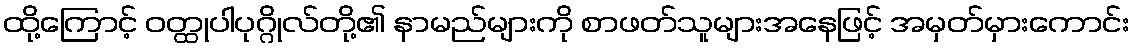
ထို့ကြောင့် ဝတ္ထုပါပုဂ္ဂိုလ်တို့၏ နာမည်များကို စာဖတ်သူများအနေဖြင့် အမှတ်မှားကောင်း